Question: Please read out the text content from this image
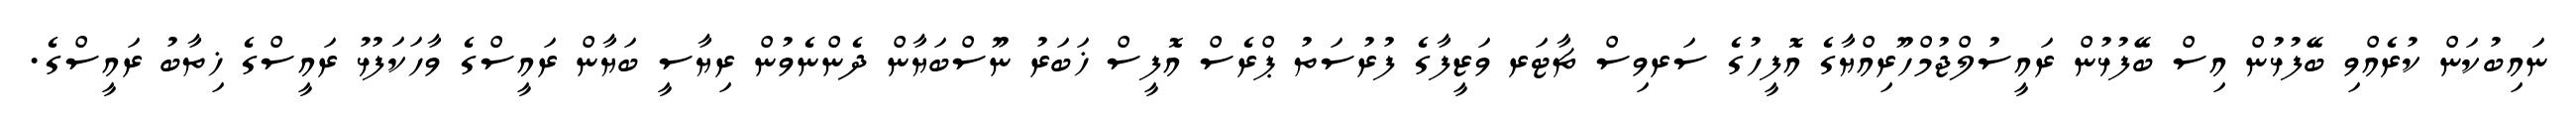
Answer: ނައިބުކަން ކުރެއްވި ބޭފުޅުން އިސް ބޭފުޅުން ރައީސުލްޖުމްހޫރިއްޔާގެ އޮފީހުގެ ސަރވިސް ޗާޓަރ ވަޒީފާގެ ފުރުސަތު ޕްރެސް އޮފީސް ޚަބަރު ނޫސްބަޔާން ދެންނެވުން ރިޔާސީ ބަޔާން ރައީސްގެ ވާހަކަފުޅު ރައީސްގެ ޚިތާބު ރައީސްގެ.